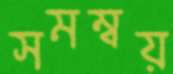
সমম্বয়